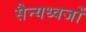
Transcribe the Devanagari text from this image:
सैन्यध्वजों